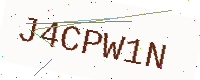
Text: J4CPW1N